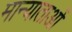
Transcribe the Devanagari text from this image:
मान्याताओं